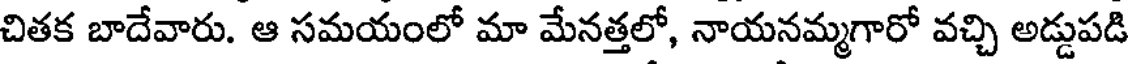
చితక బాదేవారు. ఆ సమయంలో మా మేనత్తలో, నాయనమ్మగారో వచ్చి అడ్డుపడి